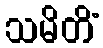
သမိတိံ